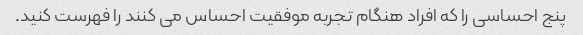
پنج احساسی را که افراد هنگام تجربه موفقیت احساس می کنند را فهرست کنید.